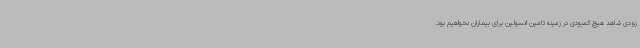
زودی شاهد هیچ کمبودی در زمینه تامین انسولین برای بیماران نخواهیم بود.